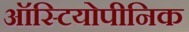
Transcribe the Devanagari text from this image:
ऑस्टियोपीनिक